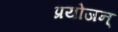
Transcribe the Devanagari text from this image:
प्रयोजन्